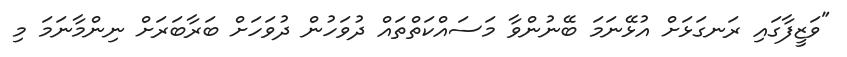
"ވަޒީފާގައި ރަނގަޅަށް އުޅޭނަމަ ބޭނުންވާ މަސައްކަތްތައް ދުވަހުން ދުވަހަށް ބަރާބަރަށް ނިންމާނަމަ މި